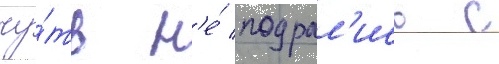
чу́ть н'е́ подрал'ись с